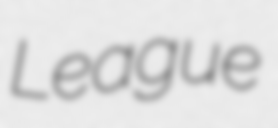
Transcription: League